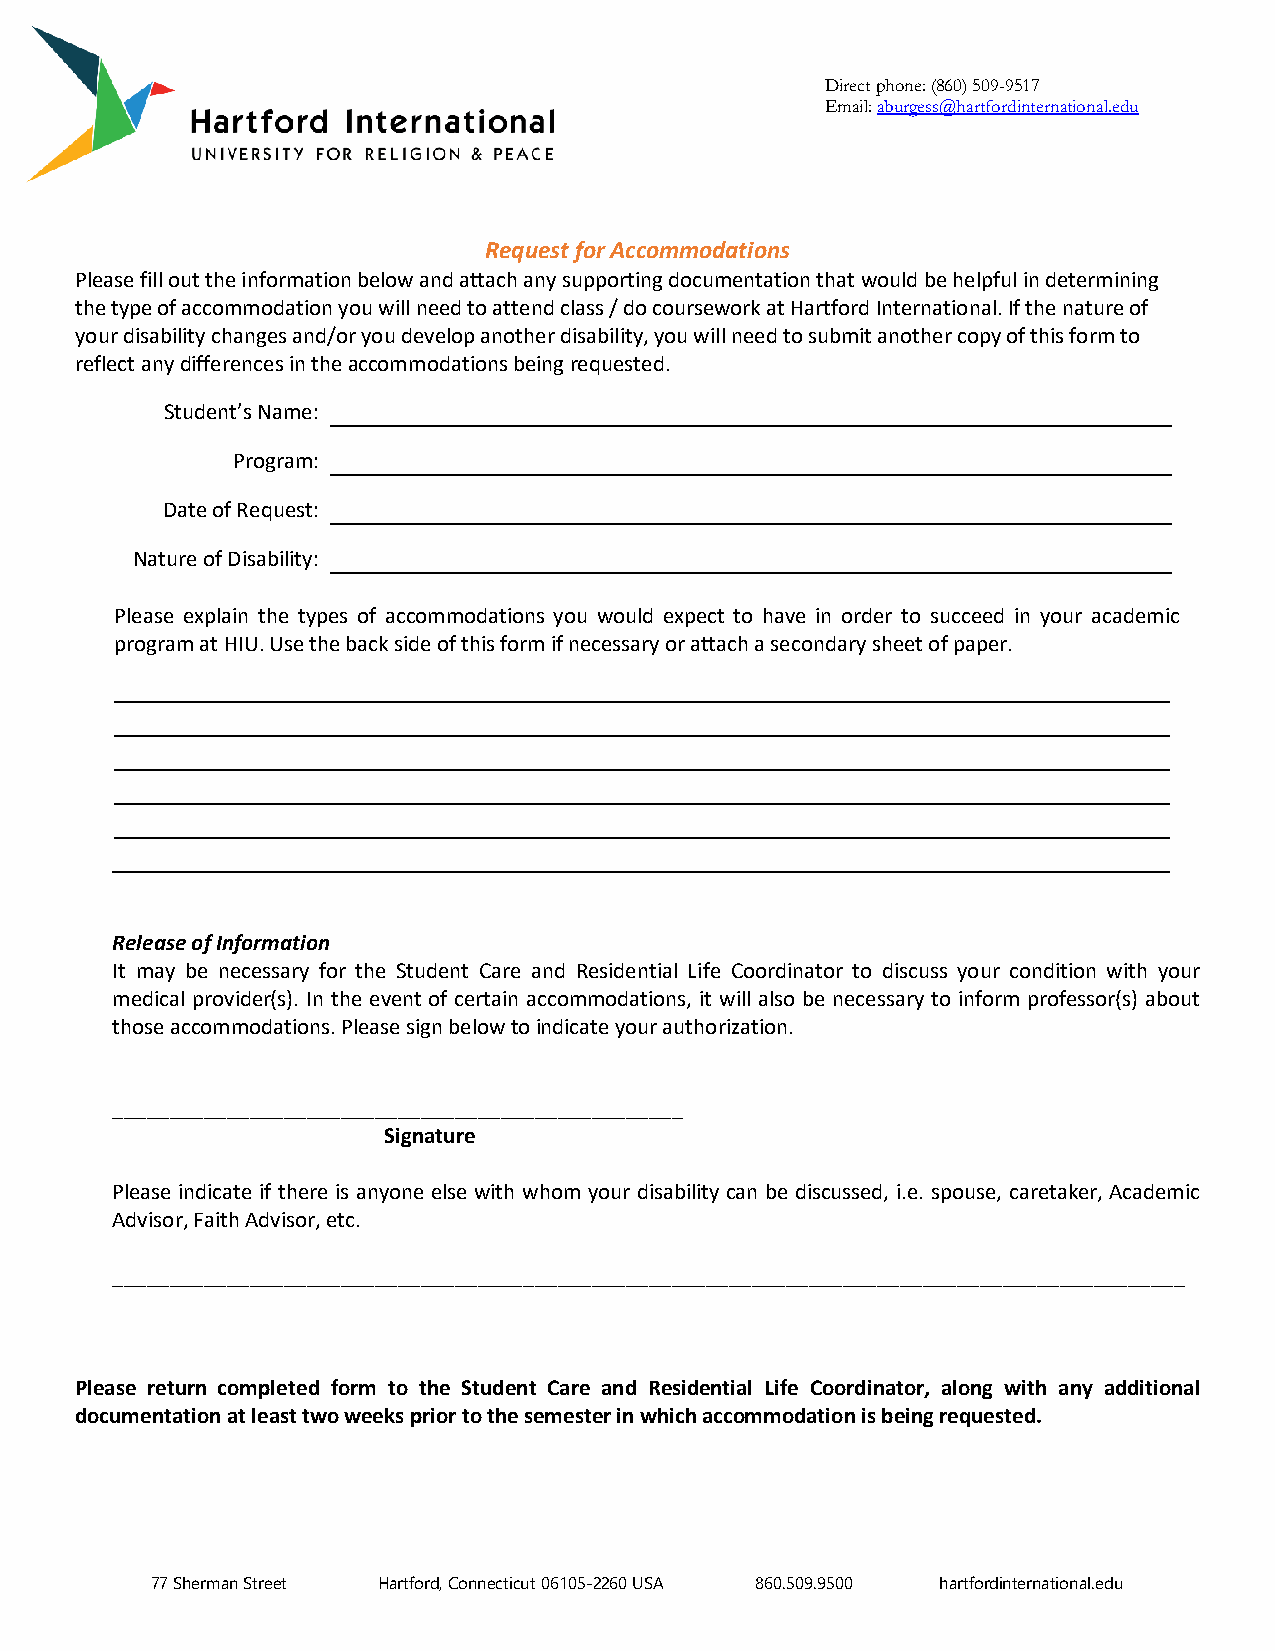
Direct phone: (860) 509-9517
 Email: aburgess@hartfordinternational.edu
 Request for Accommodations
 Please fill out the information below and attach any supporting documentation that would be helpful in determining
 the type of accommodation you will need to attend class / do coursework at Hartford International. If the nature of
 your disability changes and/or you develop another disability, you will need to submit another copy of this form to
 reflect any differences in the accommodations being requested.
 Student’s Name:
 Program:
 Date of Request:
 Nature of Disability:
 Please explain the types of accommodations you would expect to have in order to succeed in your academic
 program at HIU. Use the back side of this form if necessary or attach a secondary sheet of paper.
 Release of Information
 It may be necessary for the Student Care and Residential Life Coordinator to discuss your condition with your
 medical provider(s). In the event of certain accommodations, it will also be necessary to inform professor(s) about
 those accommodations. Please sign below to indicate your authorization.
 __________________________________________________
 Signature
 Please indicate if there is anyone else with whom your disability can be discussed, i.e. spouse, caretaker, Academic
 Advisor, Faith Advisor, etc.
 ______________________________________________________________________________________________
 Please return completed form to the Student Care and Residential Life Coordinator, along with any additional
 documentation at least two weeks prior to the semester in which accommodation is being requested.
 77 Sherman Street Hartford, Connecticut 06105-2260 USA 860.509.9500 hartfordinternational.edu